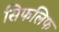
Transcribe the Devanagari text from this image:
सिफलिफ